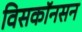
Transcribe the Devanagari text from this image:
विसकॉनसन